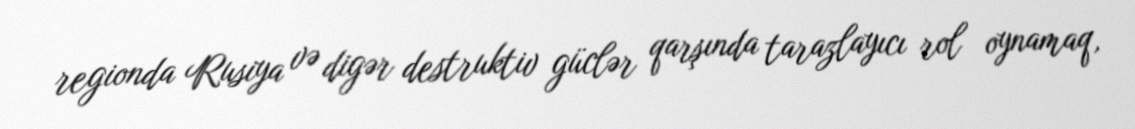
regionda Rusiya və digər destruktiv güclər qarşında tarazlayıcı rol oynamaq,